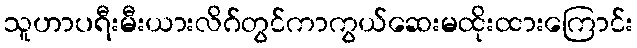
သူဟာပရီးမီးယားလိဂ်တွင်ကာကွယ်ဆေးမထိုးထားကြောင်း